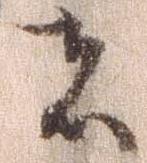
者